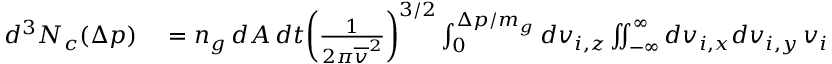
\begin{array} { r l } { d ^ { 3 } N _ { c } ( \Delta p ) } & { { } = n _ { g } \, d A \, d t \bigg ( \frac { 1 } { 2 \pi \overline { { v } } ^ { 2 } } \bigg ) ^ { 3 / 2 } \int _ { 0 } ^ { \Delta p / m _ { g } } d v _ { i , z } \iint _ { - \infty } ^ { \infty } d v _ { i , x } d v _ { i , y } \, v _ { i , z } \, e ^ { - ( v _ { i , x } ^ { 2 } + v _ { i , y } ^ { 2 } + v _ { i , z } ^ { 2 } ) \big / 2 \overline { { v } } ^ { 2 } } } \end{array}